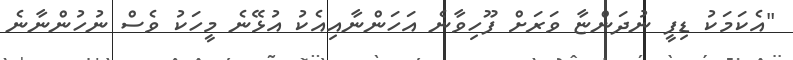
"އެކަމަކު ޑިފީ ނުދަންޏާ ވަރަށް ފޫހިވާނެ އަހަންނާއިއެކު އުޅޭނެ މީހަކު ވެސް ނުހުންނާނެ